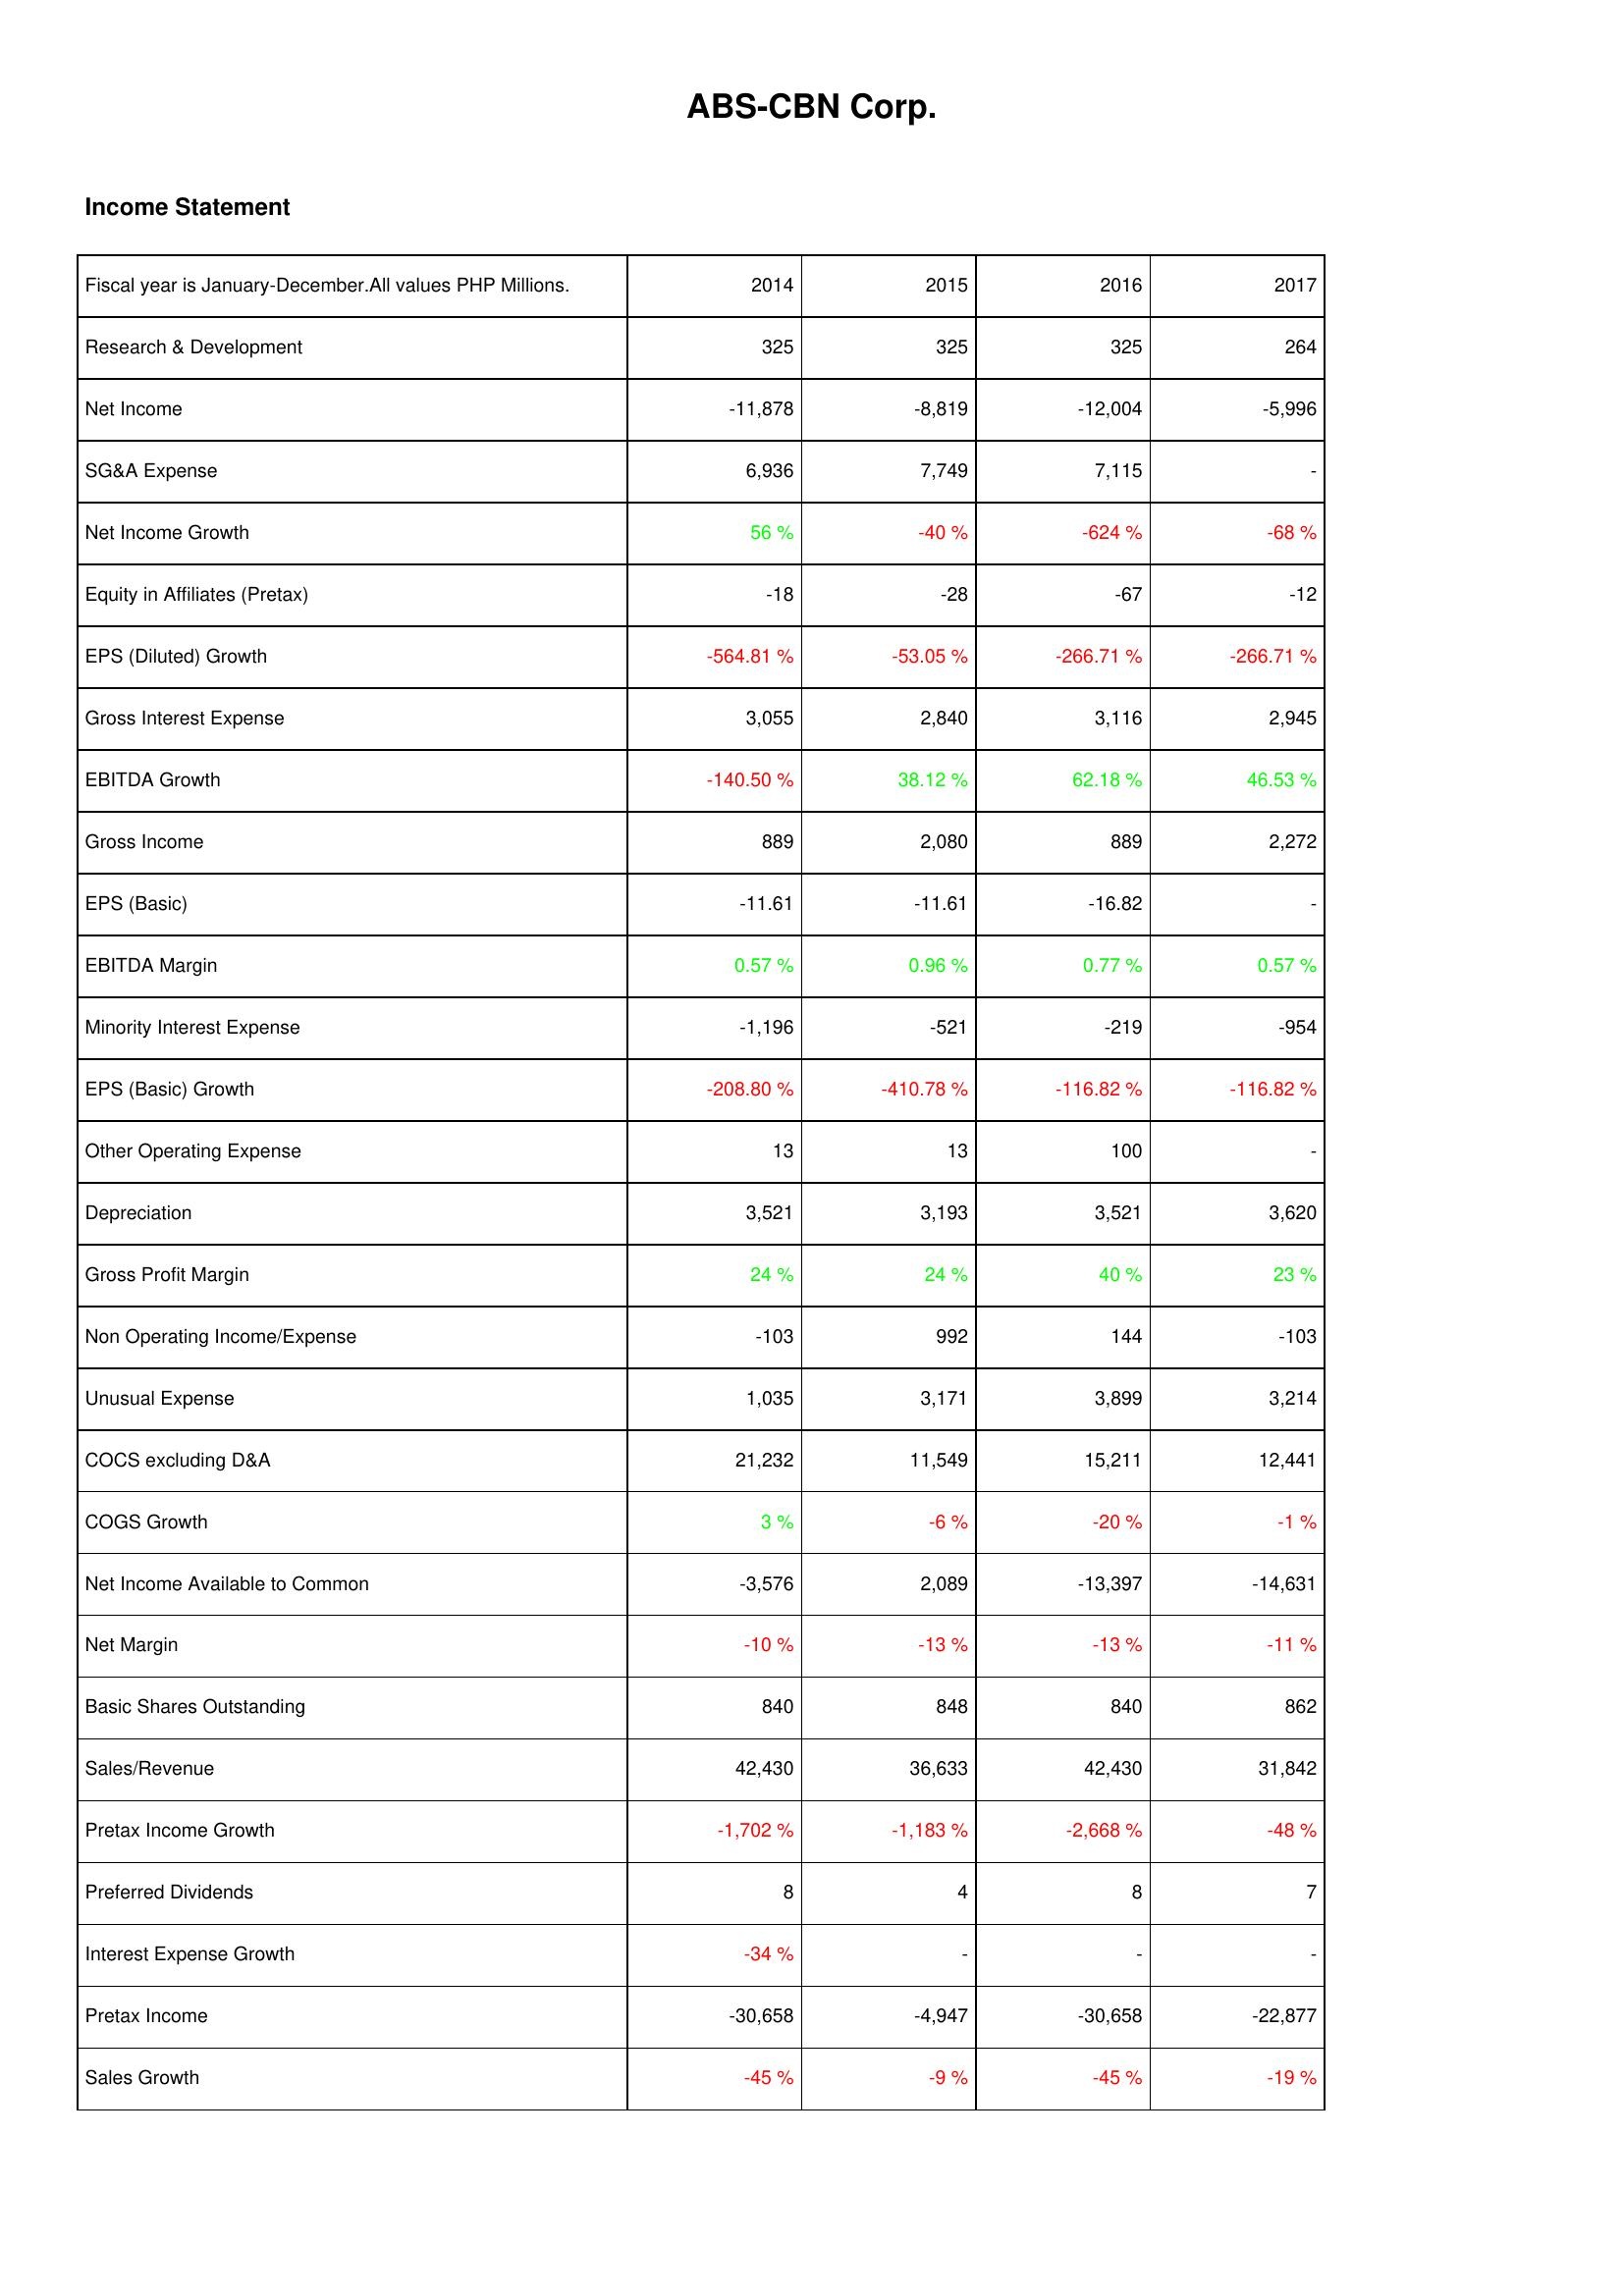
2014: Income Statement: Research & Development: 325
Net Income: -11,878
SG&A Expense: 6,936
Net Income Growth: 56 %
Equity in Affiliates (Pretax): -18
EPS (Diluted) Growth: -564.81 %
Gross Interest Expense: 3,055
EBITDA Growth: -140.50 %
Gross Income: 889
EPS (Basic): -11.61
EBITDA Margin: 0.57 %
Minority Interest Expense: -1,196
EPS (Basic) Growth: -208.80 %
Other Operating Expense: 13
Depreciation: 3,521
Gross Profit Margin: 24 %
Non Operating Income/Expense: -103
Unusual Expense: 1,035
COCS excluding D&A: 21,232
COGS Growth: 3 %
Net Income Available to Common: -3,576
Net Margin: -10 %
Basic Shares Outstanding: 840
Sales/Revenue: 42,430
Pretax Income Growth: -1,702 %
Preferred Dividends: 8
Interest Expense Growth: -34 %
Pretax Income: -30,658
Sales Growth: -45 %
2015: Income Statement: Research & Development: 325
Net Income: -8,819
SG&A Expense: 7,749
Net Income Growth: -40 %
Equity in Affiliates (Pretax): -28
EPS (Diluted) Growth: -53.05 %
Gross Interest Expense: 2,840
EBITDA Growth: 38.12 %
Gross Income: 2,080
EPS (Basic): -11.61
EBITDA Margin: 0.96 %
Minority Interest Expense: -521
EPS (Basic) Growth: -410.78 %
Other Operating Expense: 13
Depreciation: 3,193
Gross Profit Margin: 24 %
Non Operating Income/Expense: 992
Unusual Expense: 3,171
COCS excluding D&A: 11,549
COGS Growth: -6 %
Net Income Available to Common: 2,089
Net Margin: -13 %
Basic Shares Outstanding: 848
Sales/Revenue: 36,633
Pretax Income Growth: -1,183 %
Preferred Dividends: 4
Interest Expense Growth: -
Pretax Income: -4,947
Sales Growth: -9 %
2016: Income Statement: Research & Development: 325
Net Income: -12,004
SG&A Expense: 7,115
Net Income Growth: -624 %
Equity in Affiliates (Pretax): -67
EPS (Diluted) Growth: -266.71 %
Gross Interest Expense: 3,116
EBITDA Growth: 62.18 %
Gross Income: 889
EPS (Basic): -16.82
EBITDA Margin: 0.77 %
Minority Interest Expense: -219
EPS (Basic) Growth: -116.82 %
Other Operating Expense: 100
Depreciation: 3,521
Gross Profit Margin: 40 %
Non Operating Income/Expense: 144
Unusual Expense: 3,899
COCS excluding D&A: 15,211
COGS Growth: -20 %
Net Income Available to Common: -13,397
Net Margin: -13 %
Basic Shares Outstanding: 840
Sales/Revenue: 42,430
Pretax Income Growth: -2,668 %
Preferred Dividends: 8
Interest Expense Growth: -
Pretax Income: -30,658
Sales Growth: -45 %
2017: Income Statement: Research & Development: 264
Net Income: -5,996
SG&A Expense: -
Net Income Growth: -68 %
Equity in Affiliates (Pretax): -12
EPS (Diluted) Growth: -266.71 %
Gross Interest Expense: 2,945
EBITDA Growth: 46.53 %
Gross Income: 2,272
EPS (Basic): -
EBITDA Margin: 0.57 %
Minority Interest Expense: -954
EPS (Basic) Growth: -116.82 %
Other Operating Expense: -
Depreciation: 3,620
Gross Profit Margin: 23 %
Non Operating Income/Expense: -103
Unusual Expense: 3,214
COCS excluding D&A: 12,441
COGS Growth: -1 %
Net Income Available to Common: -14,631
Net Margin: -11 %
Basic Shares Outstanding: 862
Sales/Revenue: 31,842
Pretax Income Growth: -48 %
Preferred Dividends: 7
Interest Expense Growth: -
Pretax Income: -22,877
Sales Growth: -19 %